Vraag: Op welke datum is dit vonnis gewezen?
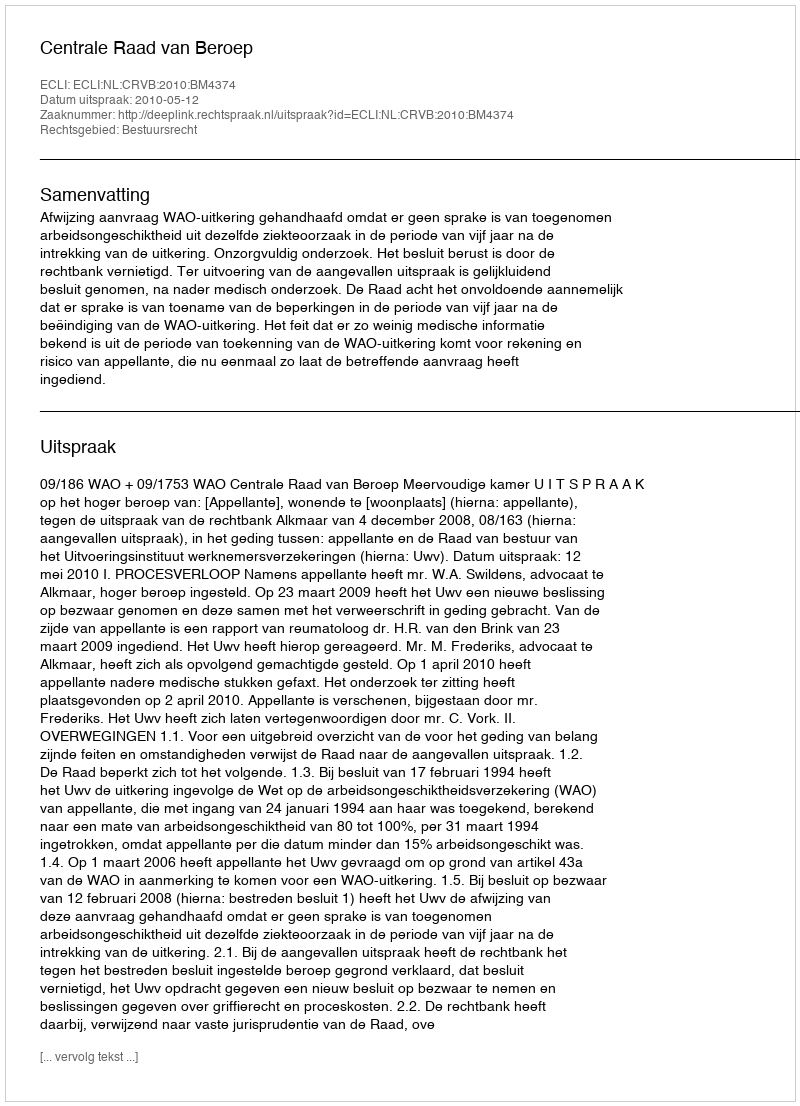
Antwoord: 2010-05-12